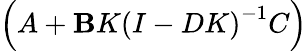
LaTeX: \left(A+\mathbf{B}K\left(I-DK\right)^{-1}C\right)